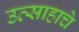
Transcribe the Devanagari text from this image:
उत्‍साहाचे